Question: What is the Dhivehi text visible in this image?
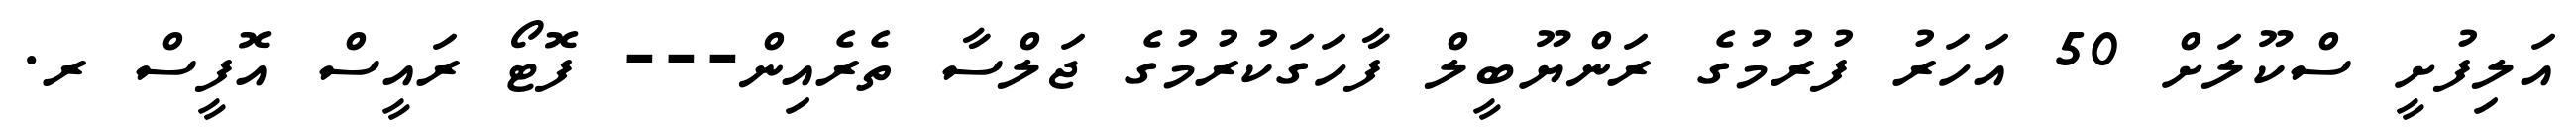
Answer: އަލިފުށީ ސްކޫލަށް 50 އަހަރު ފުރުމުގެ ރަންޔޫބީލް ފާހަގަކުރުމުގެ ޖަލްސާ ތެރެއިން--- ފޮޓޯ ރައީސް އޮފީސް ރ.